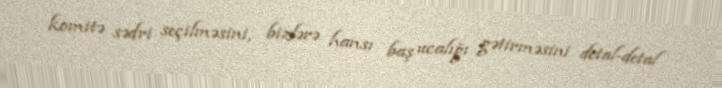
komitə sədri seçilməsini, bizlərə hansı baş ucalığı gətirməsini detal-detal